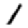
Digit: 1